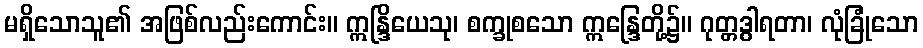
မရှိသောသူ၏ အဖြစ်လည်းကောင်း။ ဣန္ဒြိယေသု၊ စက္ခုစသော ဣန္ဒြေတို့၌။ ဂုတ္တဒွါရတာ၊ လုံခြုံသော